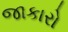
જાકારો